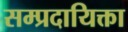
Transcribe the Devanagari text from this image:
सम्प्रदायिक्ता